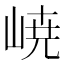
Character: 𡸳